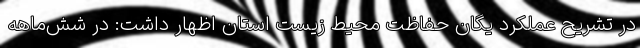
در تشریح عملکرد یگان حفاظت محیط ‌زیست استان اظهار داشت: در شش‌ماهه